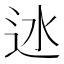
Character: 𨑾